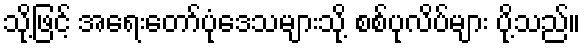
သို့ဖြင့် အရေးတော်ပုံဒေသများသို့ စစ်ပုလိပ်များ ပို့သည်။